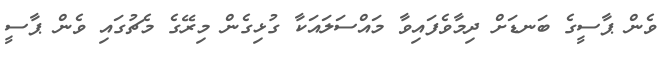
ވެން ޕާސީގެ ބަނޑަށް ދިމާވެފައިވާ މައްސަލައަކާ ގުޅިގެން މިރޭގެ މެޗުގައި ވެން ޕާސީ